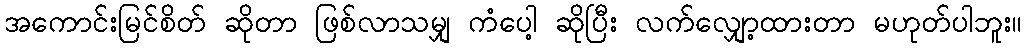
အကောင်းမြင်စိတ် ဆိုတာ ဖြစ်လာသမျှ ကံပေါ့ ဆိုပြီး လက်လျှော့ထားတာ မဟုတ်ပါဘူး။